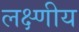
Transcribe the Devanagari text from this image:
लक्ष्णीय